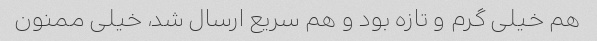
هم خیلی گرم و تازه بود و هم سریع ارسال شد، خیلی ممنون